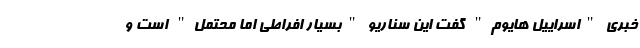
خبری "اسراییل هایوم" گفت این سناریو "بسیار افراطی اما محتمل" است و